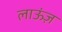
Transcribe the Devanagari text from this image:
लाऊंज़